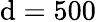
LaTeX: \mathrm{d}=500